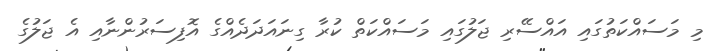
މި މަސައްކަތުގައި އައްސޭރި ޖަލުގައި މަސައްކަތް ކުރާ ގިނައަދަދެއްގެ އޮފިސަރުންނާއި އެ ޖަލުގެ